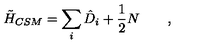
\tilde { H } _ { C S M } = \sum _ { i } \hat { D } _ { i } + \frac { 1 } { 2 } N \qquad ,